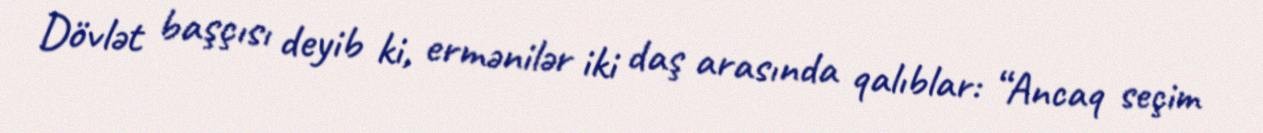
Dövlət başçısı deyib ki, ermənilər iki daş arasında qalıblar: “Ancaq seçim